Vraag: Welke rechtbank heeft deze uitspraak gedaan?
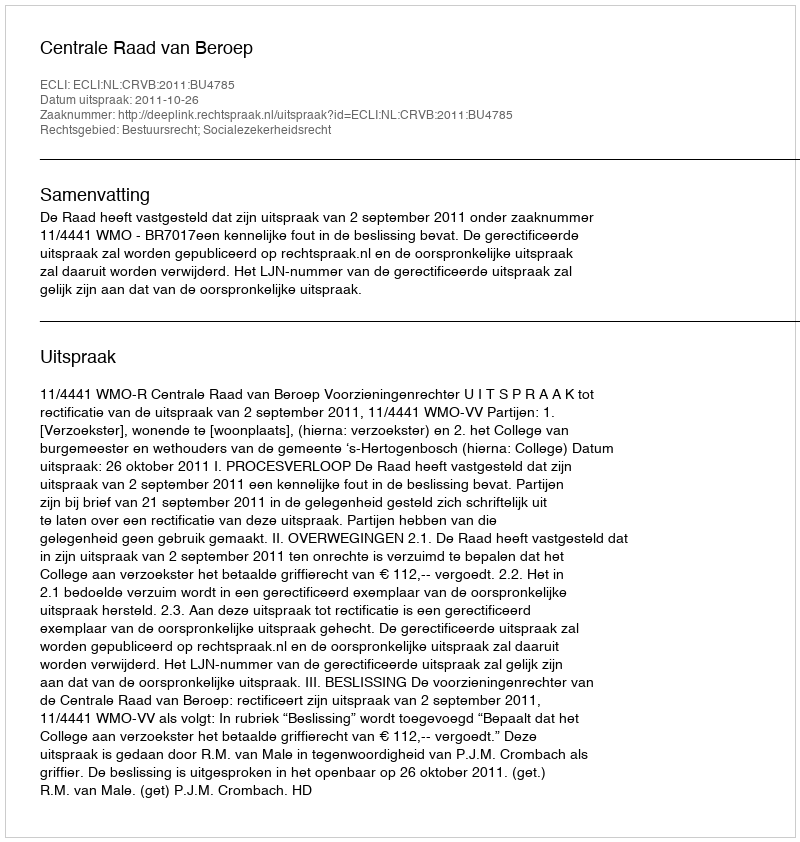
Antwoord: Centrale Raad van Beroep